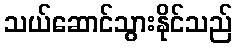
သယ်ဆောင်သွားနိုင်သည်